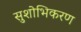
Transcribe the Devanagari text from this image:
सुशोभिकरण